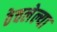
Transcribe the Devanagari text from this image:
ठेचलेल्या